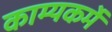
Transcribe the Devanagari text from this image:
काम्यकर्मे